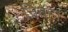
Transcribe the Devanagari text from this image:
निबहा